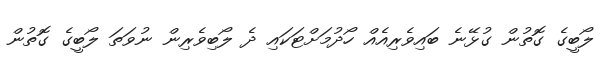
ލޯބީގެ ގޮތުން ގުޅޭނެ ބައިވެރިއެއް ހޯދުމަށްޓަކައި ދެ ލޯބިވެރިން ނުވަތަ ލޯބީގެ ގޮތުން